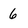
Character: 6